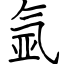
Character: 氩